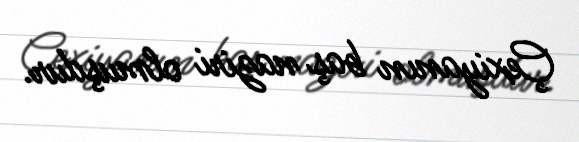
Çexiyanın baş naziri olmuşdur.